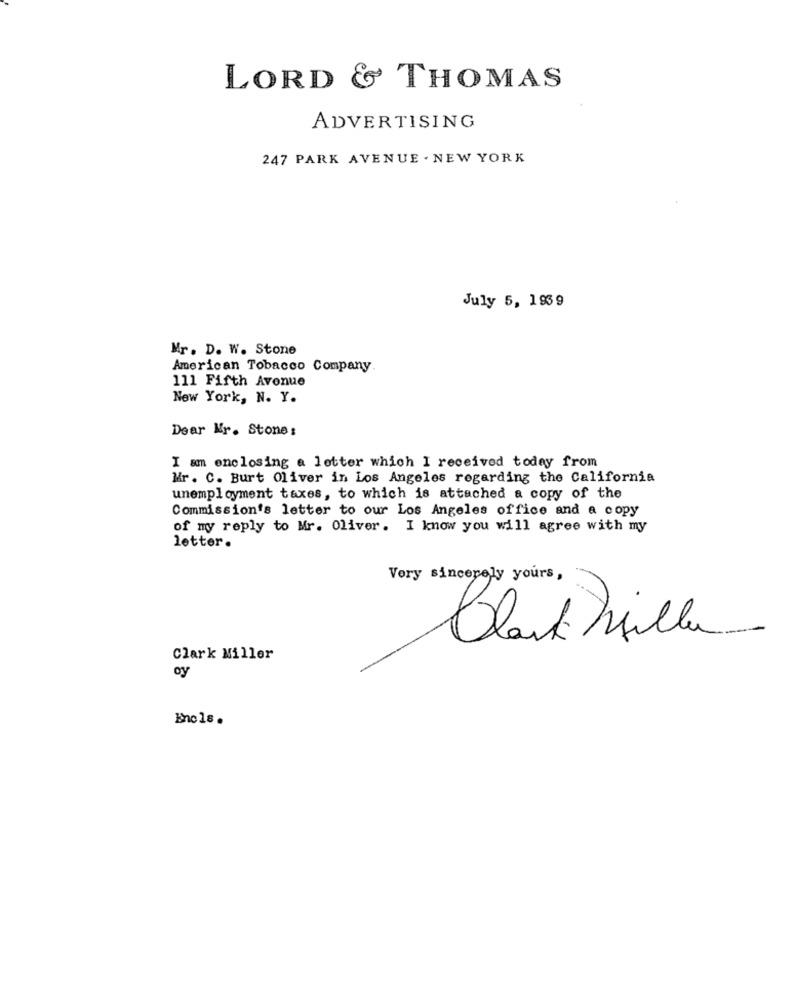
LORD & THOMAS
ADVERTISING
247 PARK AVENUE . NEW YORK
July 5, 1939
Mr. D. W. Stone
American Tobacco Company.
111 Fifth Avenue
New York, N. Y.
Dear Mr. Stone:
I am enclosing a letter which I received today from
Mr. C. Burt Oliver in Los Angeles regarding the California
unemployment taxes, to which is attached a copy of the
Commission's letter to our Los Angeles office and a copy
of my reply to Mr. Oliver. I know you will agree with my
letter.
Very sincerely yours,
Black Mille
Clark Miller
oy
Enc 18 .